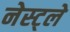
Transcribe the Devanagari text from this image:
नेस्ट्ले